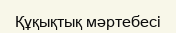
Құқықтық мәртебесі